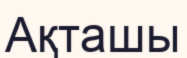
Ақташы